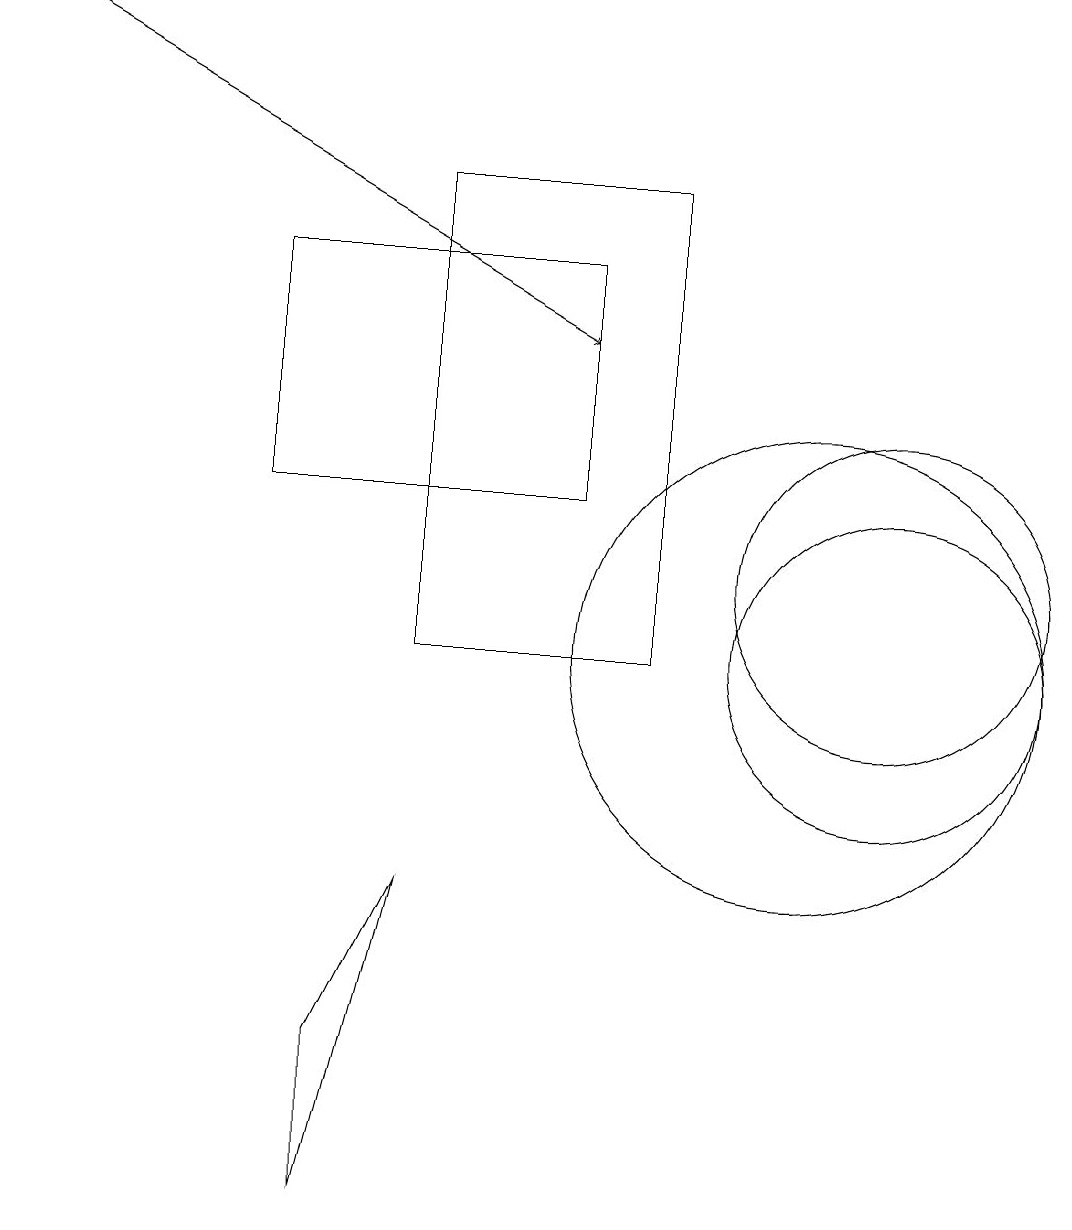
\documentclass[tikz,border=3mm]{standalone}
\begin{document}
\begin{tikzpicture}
\draw (11,11) circle (2);
\draw (10,10) circle (3);
\draw (5,10) rectangle (8,16);
\draw (4,5) -- (5,7) -- (4,3) -- cycle;
\draw[->] (0,18) -- (7,14);
\draw (11,10) circle (2);
\draw (7,15) rectangle (3,12);
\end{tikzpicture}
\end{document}